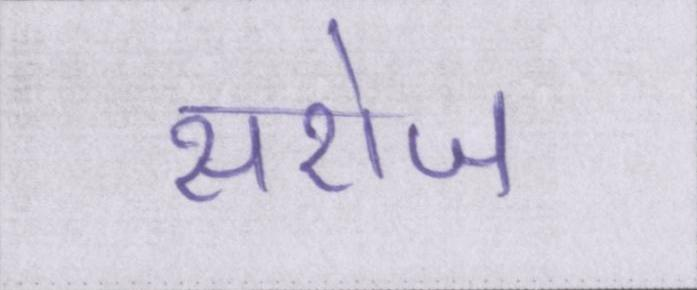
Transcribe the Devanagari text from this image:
सरोज